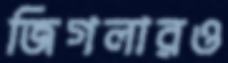
জিগলারও